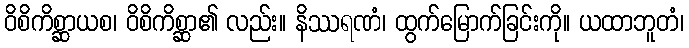
ဝိစိကိစ္ဆာယစ၊ ဝိစိကိစ္ဆာ၏ လည်း။ နိဿရဏံ၊ ထွက်မြောက်ခြင်းကို။ ယထာဘူတံ၊